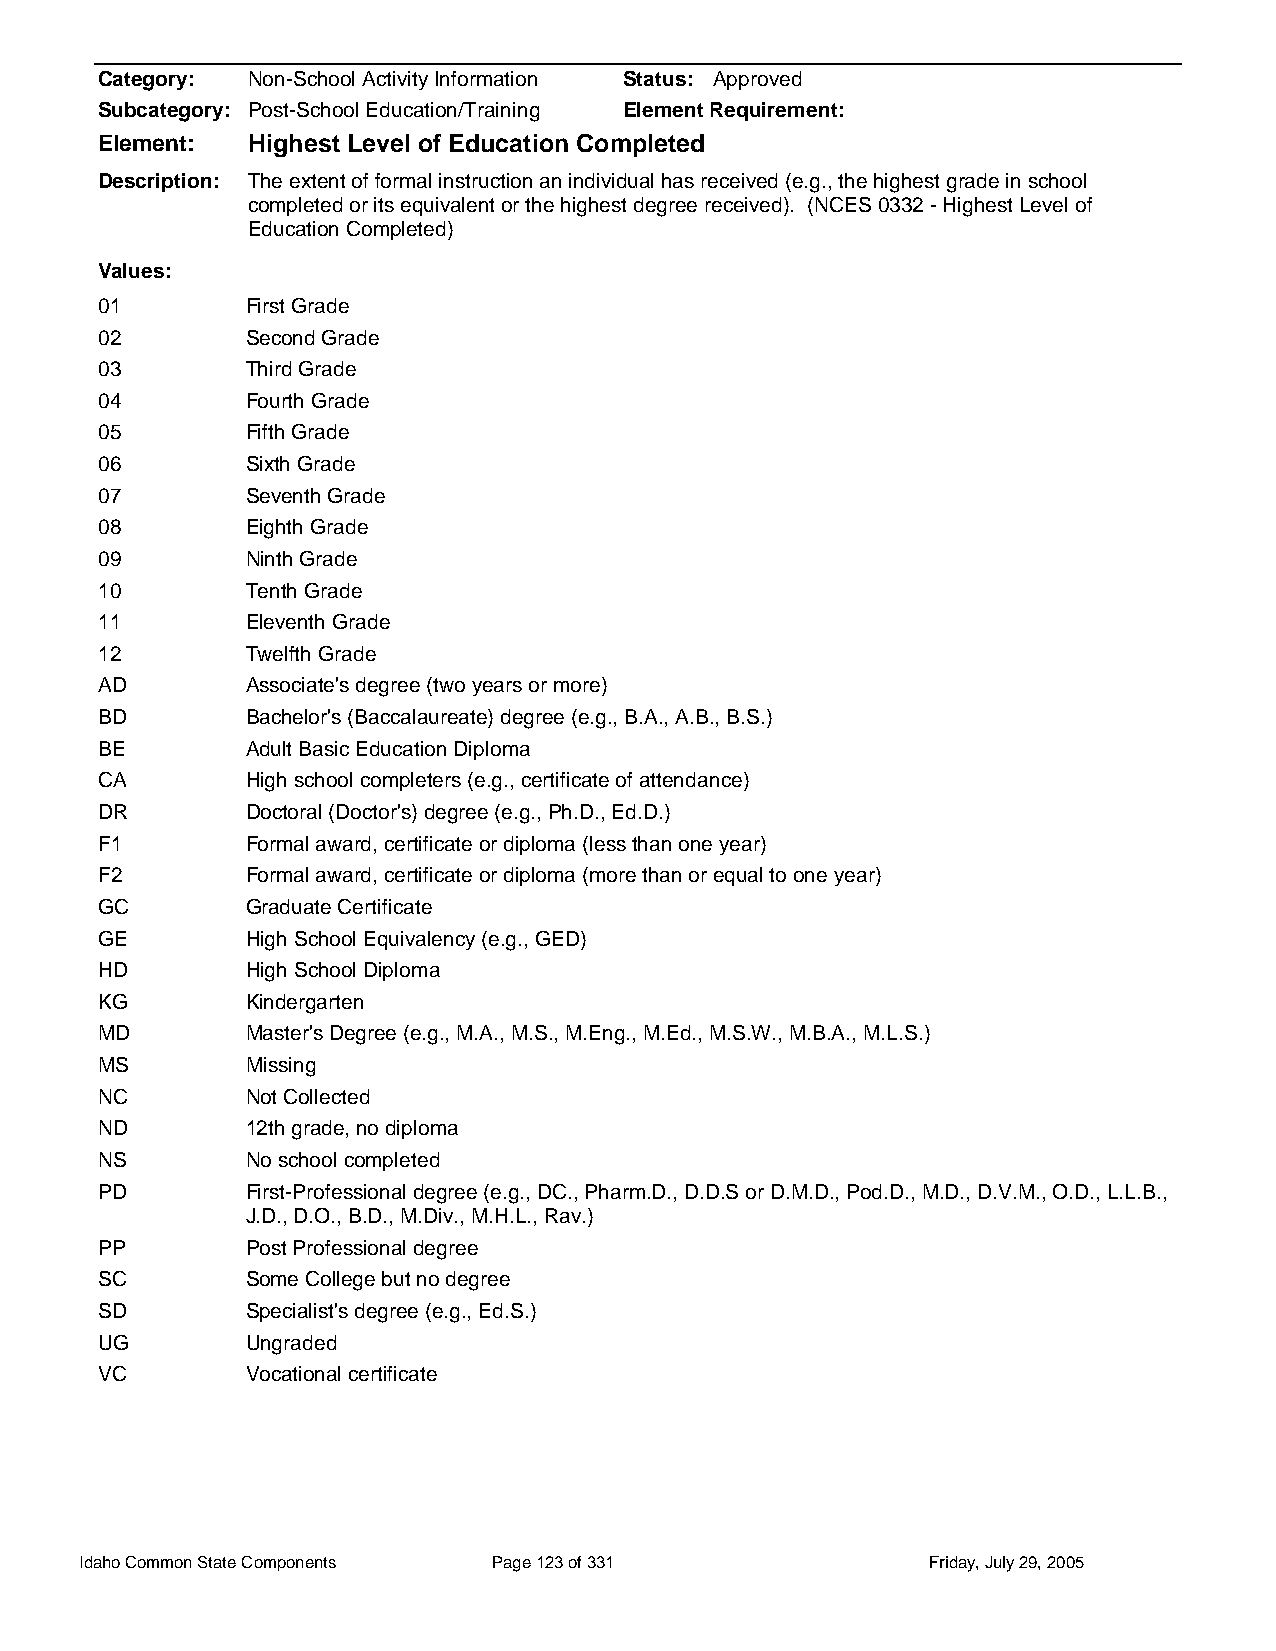
Category: Non-School Activity Information Status: Approved
 Subcategory: Post-School Education/Training Element Requirement:
 Element:  Highest Level of Education Completed
 Description: The extent of formal instruction an individual has received (e.g., the highest grade in school
 completed or its equivalent or the highest degree received). (NCES 0332 - Highest Level of
 Education Completed)
 Values:
 01        First Grade
 02        Second Grade
 03        Third Grade
 04        Fourth Grade
 05        Fifth Grade
 06        Sixth Grade
 07        Seventh Grade
 08        Eighth Grade
 09        Ninth Grade
 10        Tenth Grade
 11        Eleventh Grade
 12        Twelfth Grade
 AD        Associate's degree (two years or more)
 BD        Bachelor's (Baccalaureate) degree (e.g., B.A., A.B., B.S.)
 BE        Adult Basic Education Diploma
 CA        High school completers (e.g., certificate of attendance)
 DR        Doctoral (Doctor's) degree (e.g., Ph.D., Ed.D.)
 F1        Formal award, certificate or diploma (less than one year)
 F2        Formal award, certificate or diploma (more than or equal to one year)
 GC        Graduate Certificate
 GE        High School Equivalency (e.g., GED)
 HD        High School Diploma
 KG        Kindergarten
 MD        Master's Degree (e.g., M.A., M.S., M.Eng., M.Ed., M.S.W., M.B.A., M.L.S.)
 MS        Missing
 NC        Not Collected
 ND        12th grade, no diploma
 NS        No school completed
 PD        First-Professional degree (e.g., DC., Pharm.D., D.D.S or D.M.D., Pod.D., M.D., D.V.M., O.D., L.L.B.,
 J.D., D.O., B.D., M.Div., M.H.L., Rav.)
 PP        Post Professional degree
 SC        Some College but no degree
 SD        Specialist's degree (e.g., Ed.S.)
 UG        Ungraded
 VC        Vocational certificate
 Idaho Common State Components Page 123 of 331           Friday, July 29, 2005